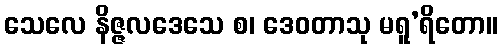
သေလေ နိဇ္ဇလဒေသေ စ၊ ဒေဝတာသု မရူ’ရိတော။